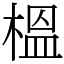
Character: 榲